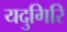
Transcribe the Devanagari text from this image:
यदुगिरि